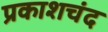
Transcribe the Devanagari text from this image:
प्रकाशचंद